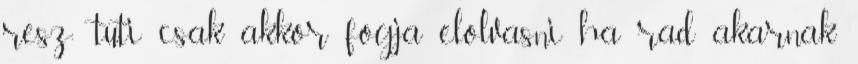
resz: tuti csak akkor fogja elolvasni ha rad akarnak